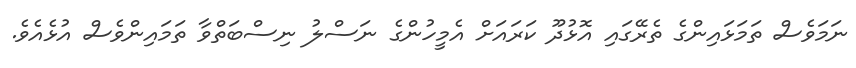
ނަމަވެސް ތަމަޅައިންގެ ތެރޭގައި އޮޅުދޫ ކަރައަށް އެމީހުންގެ ނަސްލު ނިސްބަތްވާ ތަމައިންވެސް އުޅެއެވެ.